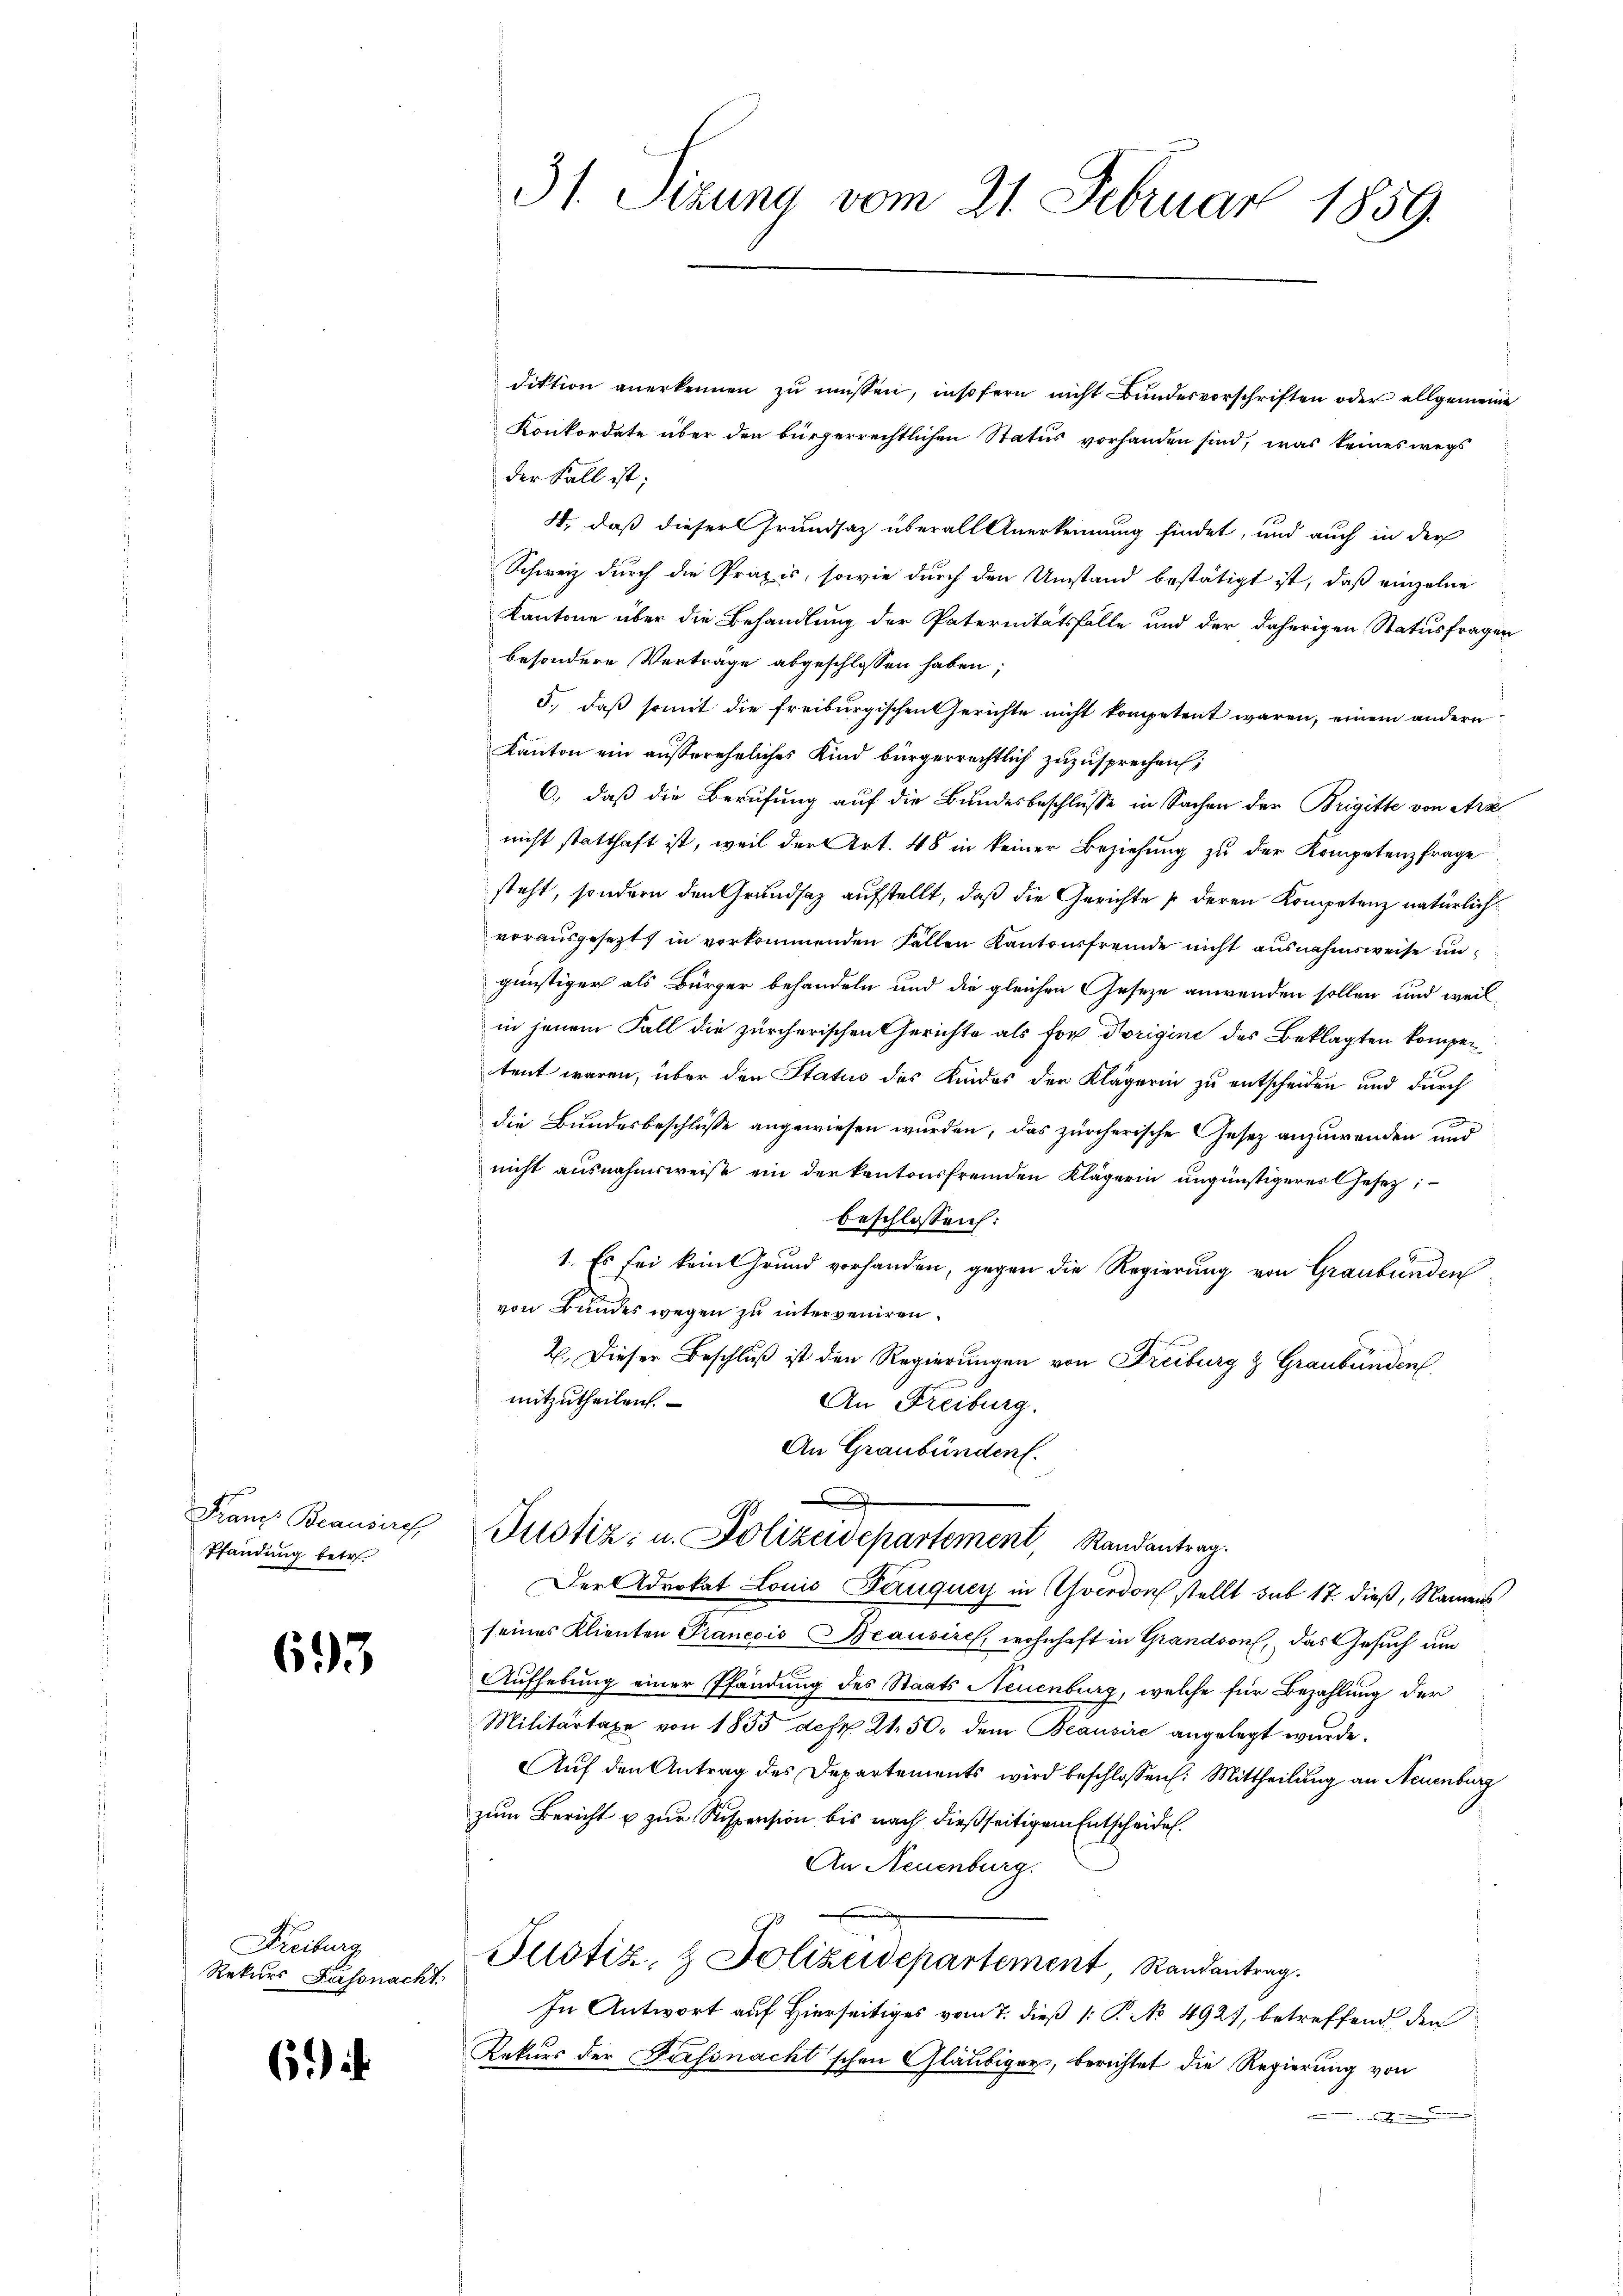
Franz Beausiref
Pfandung betr.

693

Freiburg
Rekurs Kassnacht.

6. i

diktion anerkennen zu müssen, insofern nicht Bundesvorschriften oder allgemeine
Konkordate über den bürgerrechtlichen Status vorhanden sind, was keineswegs
der Fall ist;
4., daß dieser Grundsaz überall Anerkennung findet, und auch in der
Schweiz durch die Praxis, sowie durch den Umstand bestätigt ist, daß einzelne
Kantone über die Behandlung der Paternitätsfalle und der daherigen Statusfragen
besondere Vertrage abgeschlossen haben;
5., daß somit die freiburgischen Gerichte nicht kompetent waren, einem andern
Kanton ein aussereheliches Kind bürgerrechtlich zuzusprechen;
C.) daß die Berufung auf die Bundesbeschlusse in Sachen der Brigitte von Arz
nicht statthaft ist, weil der Art. 48 in keiner Beziehung zu der Kompetenzfrage
steht, sondern den Grundsaz aufstellt, daß die Gerichte u deren Kompetenz natürlichvorausgesetzt in vorkommenden Fällen Kantonsfremde nicht ausnahmsweise ungünstiger als Bürger behandeln und die gleichen Geseze anwenden sollen und weil
in jenem Fall die zürcherischen Gerichte als for Dorigine des Beklagten kompentent waren, über den Status des Kindes der Klägerin zu entscheiden und durch
die Bundesbeschlüsse angewiesen wurden, das zürcherische Gesetz anzuwenden und
nicht ausnahmsweise ein der kantonsfremden Klägerin ungünstigeres Gesetz
beschlossen:
1. Es sei kein Grund vorhanden, gegen die Regierung von Graubünden
von Bundes wegen zu interveniren.
2. Dieser Beschluß ist den Regierungen von Freiburg & Graubünden
mitzutheilen.
An Freiburg.
An Graubünden.
e
Justiz- u. Polizeidepartement, Randantrag.
Derdrokat Louis Bauquey in verdon stellt sub 17. dieß, Namens
seines Klienten Praneois Beausires, wohnhaft in Grandson, das Gesuch um
Aufhebung einer Pfändung des Staats Neuenburg, welche für Bezahlung der
Militärtaxe von 1855 des 21. 50. dem Beausire angelegt wurde.
Auf den Antrag des Departements wird beschlossen: Mittheilung an Neuenburg
zum Bericht u zur Suspension bis nach dießseitigem Entscheiden.
An Neuenburg.
Justiz & Polizeidepartement Randantrag.
In Antwort auf Hierseitiges vom 7. dieß [: P. No 492, betreffend den
Rekurs der Fassnacht'schen Gläubiger, berichtet die Regierung von
nden

31. Sizung vom 21. Februar 1859.